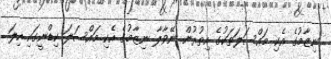
ނިޒާމުގެ އެކި މައްސަލަތަކުގެ އިތުރުން ނޭވާލާ ނިޒާމުގެ އެކި މައްސަލަ ކިޑްނީގައި ހިލަ